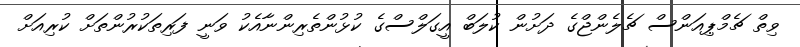
ވިތް ޗެމްޕިއަންސް ޗެލެންޖްގެ ދަށުން ކުލަބް އީގަލްސްގެ ކުޅުންތެރިންނާއެކު ވަނީ ފަރިތަކުރުންތަށް ކުރިއަށް